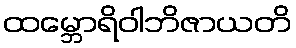
ထမ္ဘောရိဝါဘိဇာယတိ